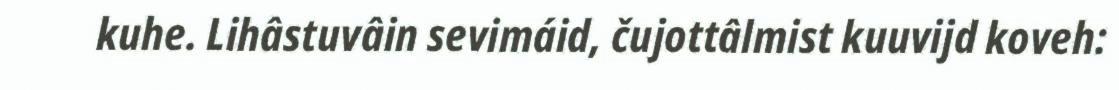
kuhe. Lihâstuvâin sevimáid, čujottâlmist kuuvijd koveh: